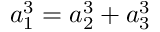
a _ { 1 } ^ { 3 } = a _ { 2 } ^ { 3 } + a _ { 3 } ^ { 3 }